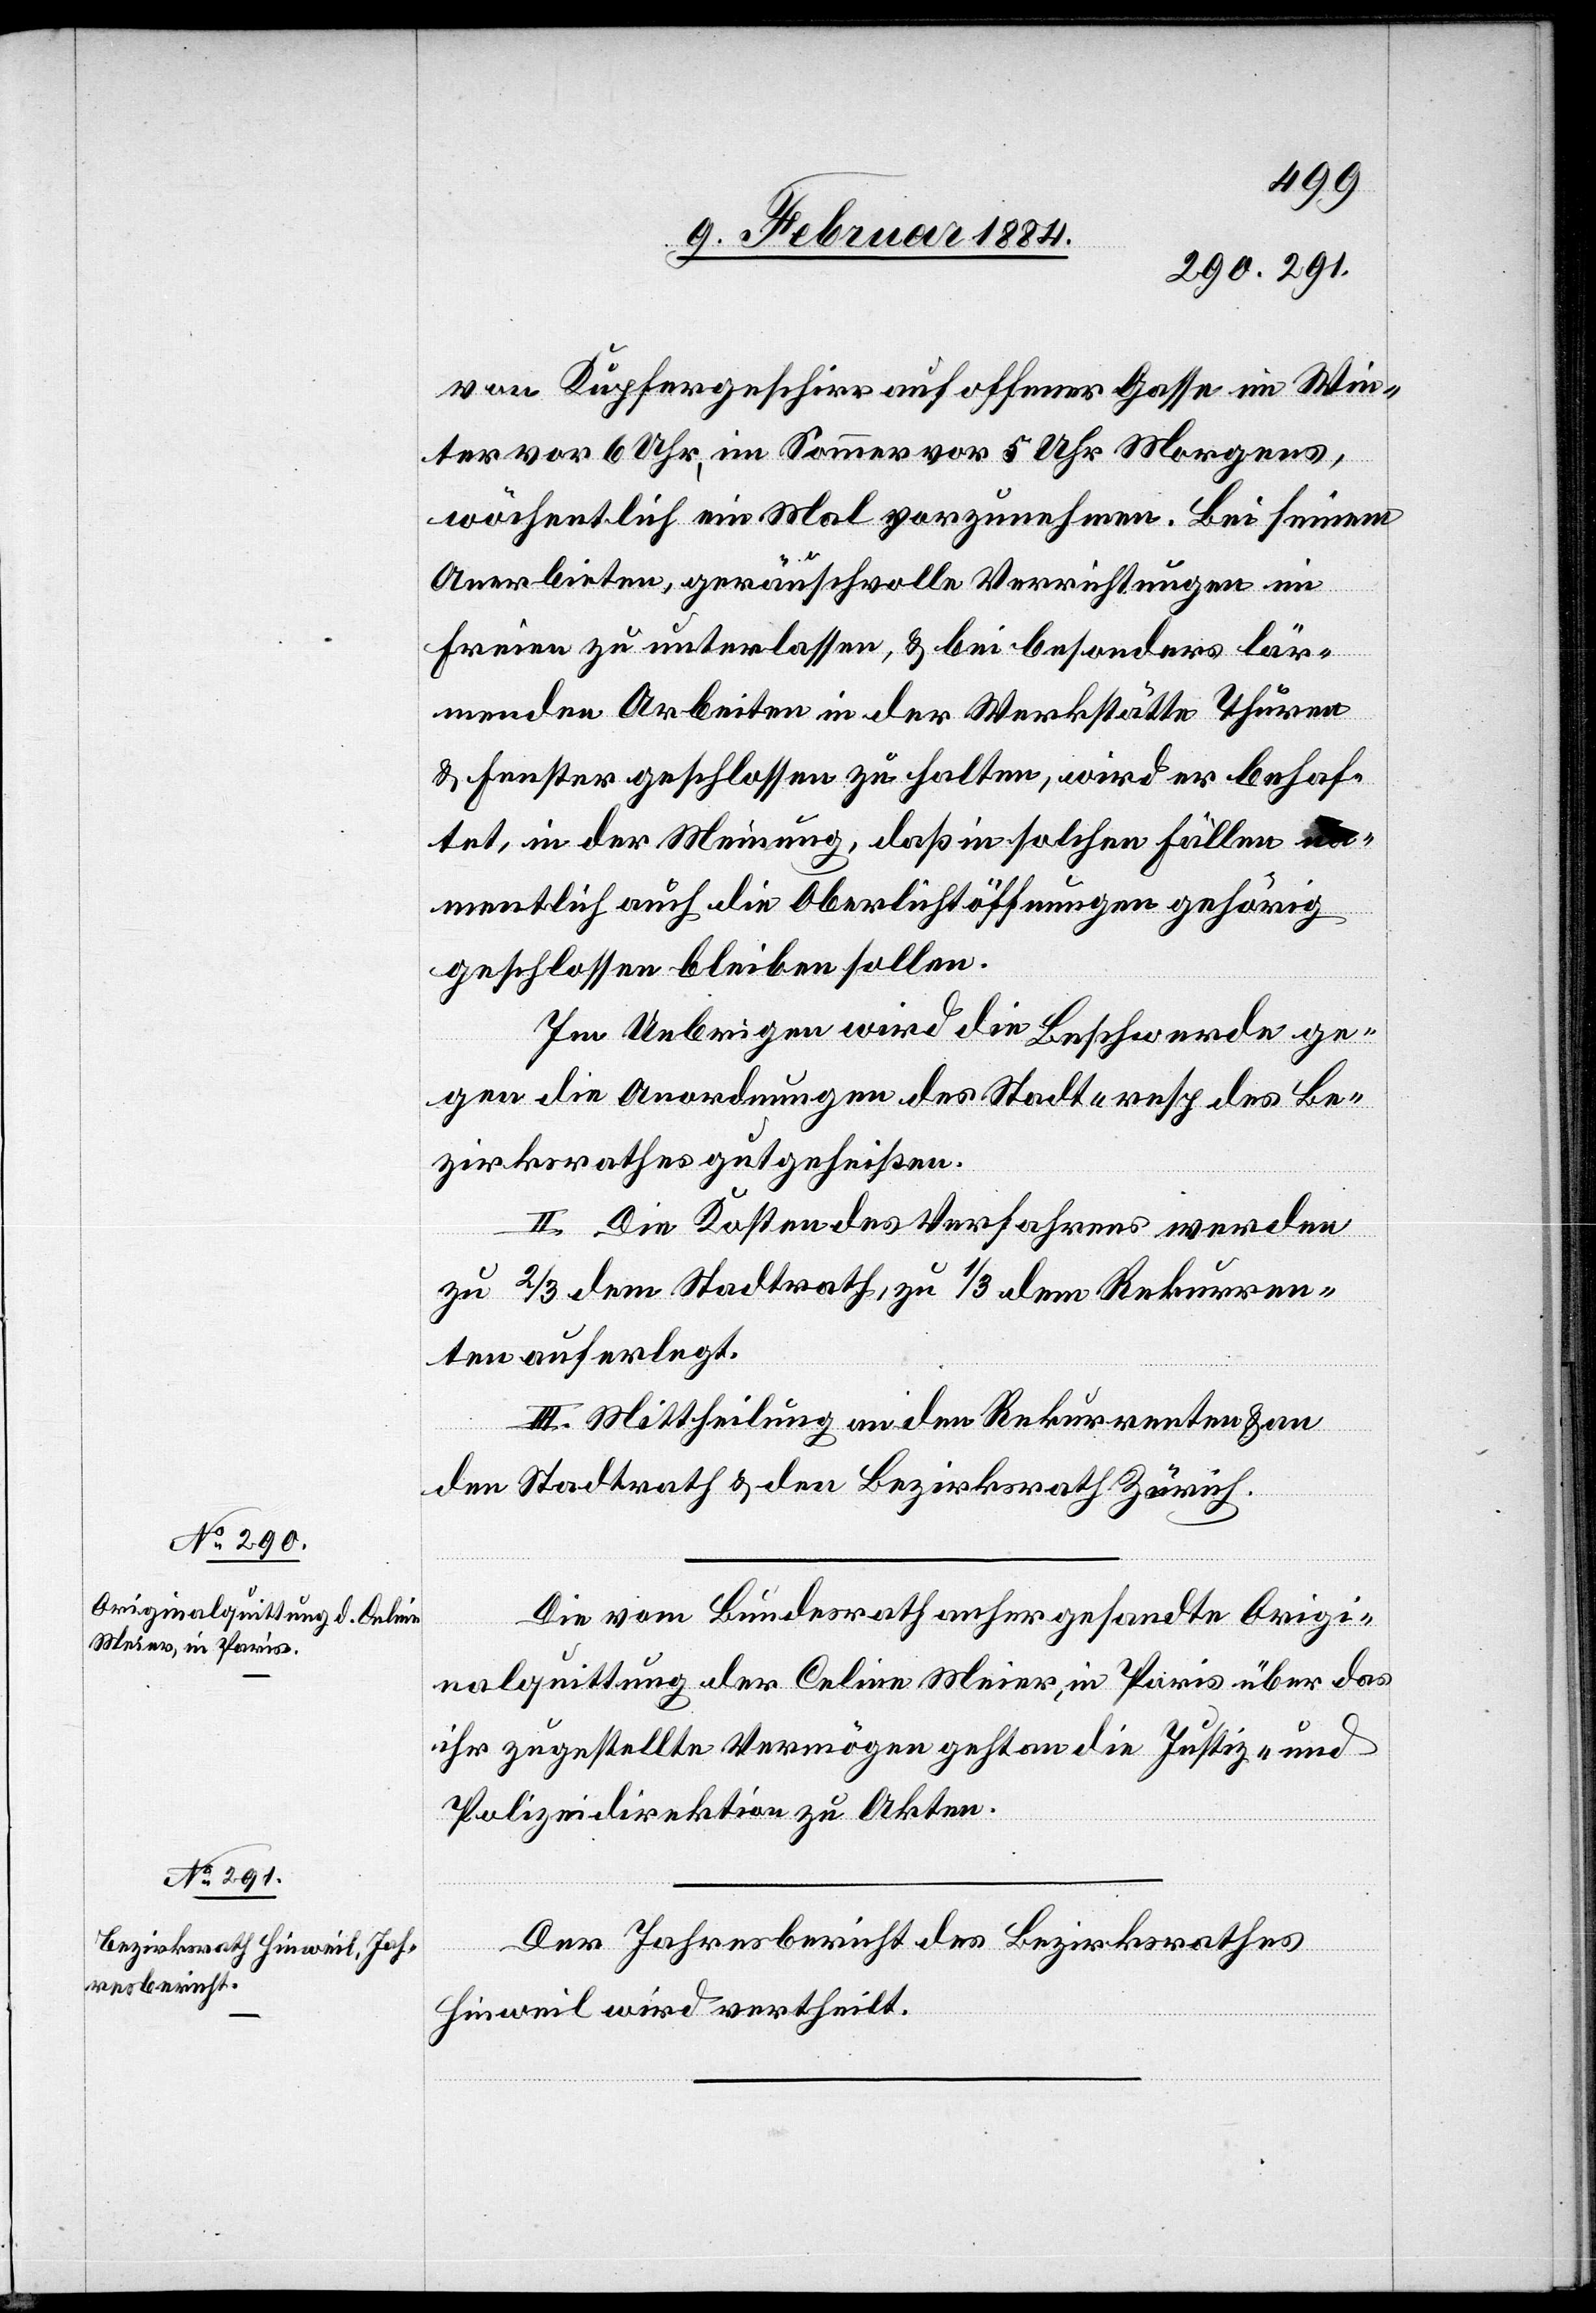
von Kupfergeschirr auf offener Gasse im Win¬
ter vor 6 Uhr, im Sommer vor 5 Uhr Morgens,
wöchentlich ein Mal vorzunehmen. Bei seinem
Anerbieten, geräuschvolle Verrichtungen im
Freien zu unterlassen, & bei besonders lär¬
menden Arbeiten in der Werkstätte Thüren
& Fenster geschlossen zu halten, wird er behaf¬
tet, in der Meinung, daß in solchen Fällen na¬
mentlich auch die Oberlichtöffnungen gehörig
geschlossen bleiben sollen.
Im Uebrigen wird die Beschwerde ge¬
gen die Anordnungen des Stadt- resp. des Be¬
zirksrathes gutgeheißen.
II. Die Kosten des Verfahrens werden
zu 2/3 dem Stadtrath, zu 1/3 dem Rekurren¬
ten auferlegt.
III. Mittheilung an den Rekurrenten & an
den Stadtrath & den Bezirksrath Zürich.
Die vom Bundesrath anhergesandte Origi¬
nalquittung der Celine Meier, in Paris über das
ihr zugestellte Vermögen geht an die Justiz- und
Polizeidirektion zu Akten.
Der Jahresbericht des Bezirksrathes
Hinweil wird vertheilt.